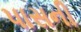
પાસની